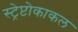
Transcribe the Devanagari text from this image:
स्ट्रेप्टोकाकल